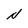
Character: N